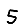
Digit: 5